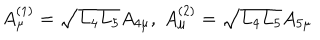
A _ { \mu } ^ { ( 1 ) } = \sqrt { L _ { 4 } L _ { 5 } } A _ { 4 \mu } , \; A _ { \mu } ^ { ( 2 ) } = \sqrt { L _ { 4 } L _ { 5 } } A _ { 5 \mu }